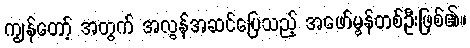
ကျွန်တော့် အတွက် အလွန်အဆင်ပြေသည့် အဖော်မွန်တစ်ဦးဖြစ်၏။